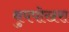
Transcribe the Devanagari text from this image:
थुपपोखरा